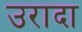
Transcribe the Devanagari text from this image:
उरादा